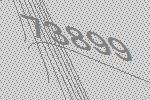
73899